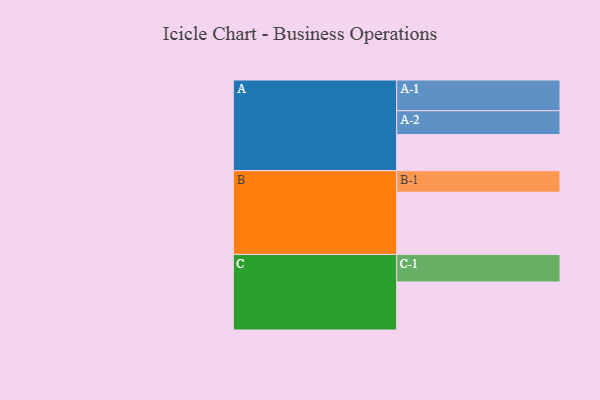
{"axis": {"x": "Segment", "y": "Value"}, "legend": ["", "A", "B", "C"], "data": [{"x": "A", "y": 323, "type": ""}, {"x": "B", "y": 557, "type": ""}, {"x": "C", "y": 430, "type": ""}, {"x": "A-1", "y": 275, "type": "A"}, {"x": "A-2", "y": 214, "type": "A"}, {"x": "B-1", "y": 193, "type": "B"}, {"x": "C-1", "y": 247, "type": "C"}]}